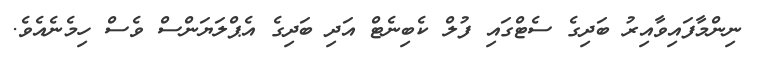
ނިންމާފައިވާއިރު ބަދިގެ ސެޓްގައި ފުލް ކެބިނެޓް އަދި ބަދިގެ އެޕްލަޔަންސް ވެސް ހިމެނެއެވެ.